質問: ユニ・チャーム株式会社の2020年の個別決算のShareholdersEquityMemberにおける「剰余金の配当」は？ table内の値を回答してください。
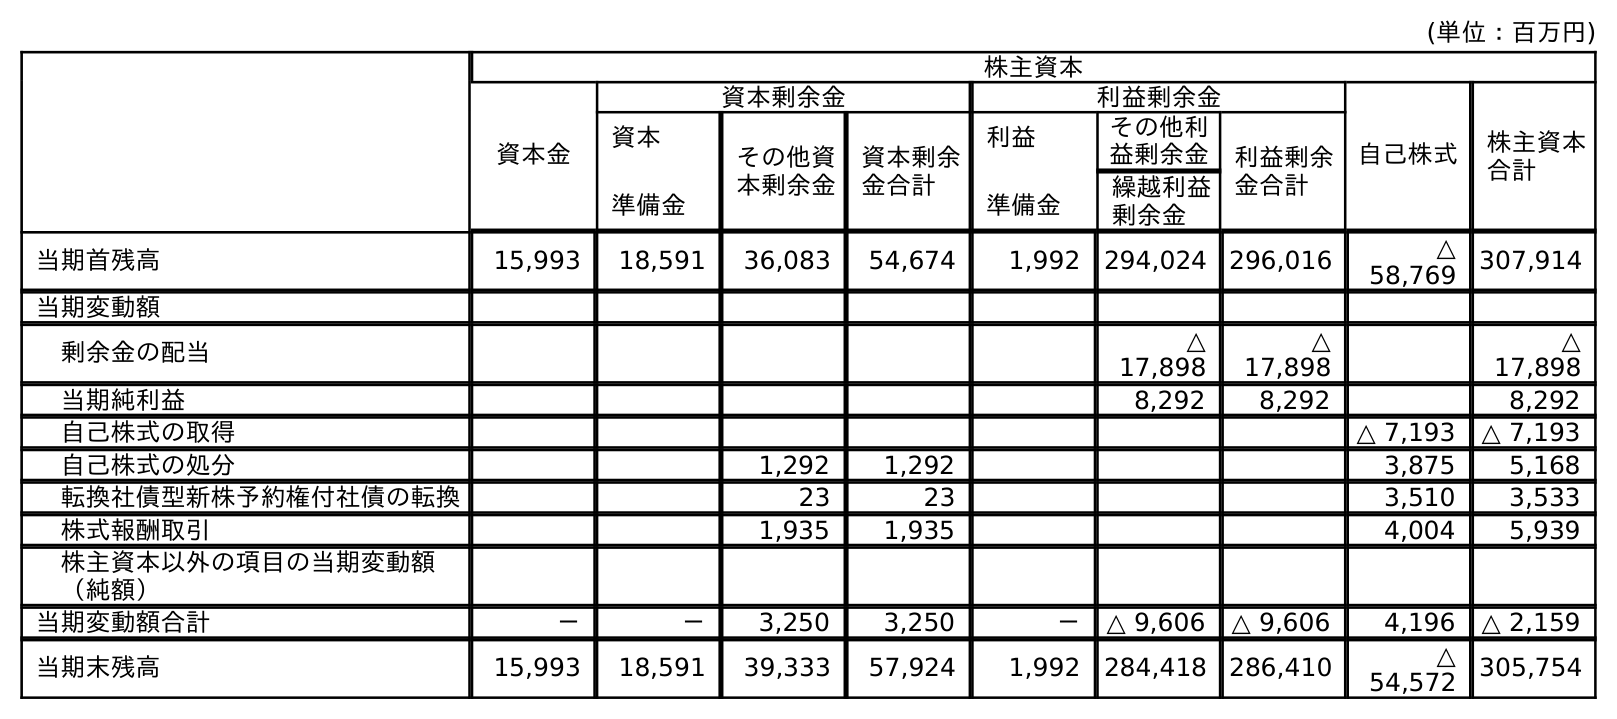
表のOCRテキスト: (単位：百万円) 株主資本 資本金 資本剰余金 利益剰余金 自己株式 株主資本 合計 資本 準備金 その他資 本剰余金 資本剰余 金合計 利益 準備金 その他利 益剰余金 利益剰余 金合計 繰越利益 剰余金 当期首残高 15,993 18,591 36,083 54,674 1,992 294,024 296,016 △ 58,769 307,914 当期変動額 剰余金の配当 △ 17,898 △ 17,898 △ 17,898 当期純利益 8,292 8,292 8,292 自己株式の取得 △ 7,193 △ 7,193 自己株式の処分 1,292 1,292 3,875 5,168 転換社債型新株予約権付社債の転換 23 23 3,510 3,533 株式報酬取引 1,935 1,935 4,004 5,939 株主資本以外の項目の当期変動額 （純額） 当期変動額合計 － － 3,250 3,250 － △ 9,606 △ 9,606 4,196 △ 2,159 当期末残高 15,993 18,591 39,333 57,924 1,992 284,418 286,410 △ 54,572 305,754
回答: △17,898